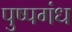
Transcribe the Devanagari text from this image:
पुष्पगंध